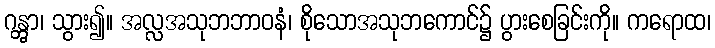
ဂန္တွာ၊ သွား၍။ အလ္လအသုဘဘာဝနံ၊ စိုသောအသုဘကောင်၌ ပွားစေခြင်းကို။ ကရောထ၊